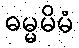
ဓမ္မမိမံ